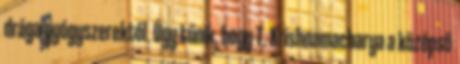
drága gyógyszerektől. Úgy tűnik, hogy T. Krishnamacharya a középső